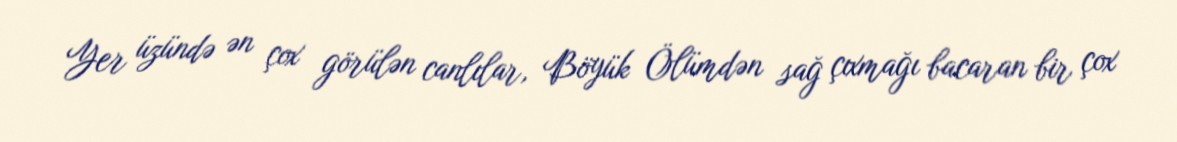
Yer üzündə ən çox görülən canlılar, Böyük Ölümdən sağ çıxmağı bacaran bir çox